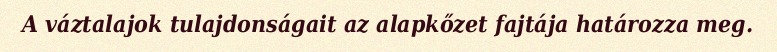
A váztalajok tulajdonságait az alapkőzet fajtája határozza meg.